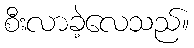
စီးလာခဲ့လေသည်။